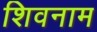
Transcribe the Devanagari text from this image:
शिवनाम